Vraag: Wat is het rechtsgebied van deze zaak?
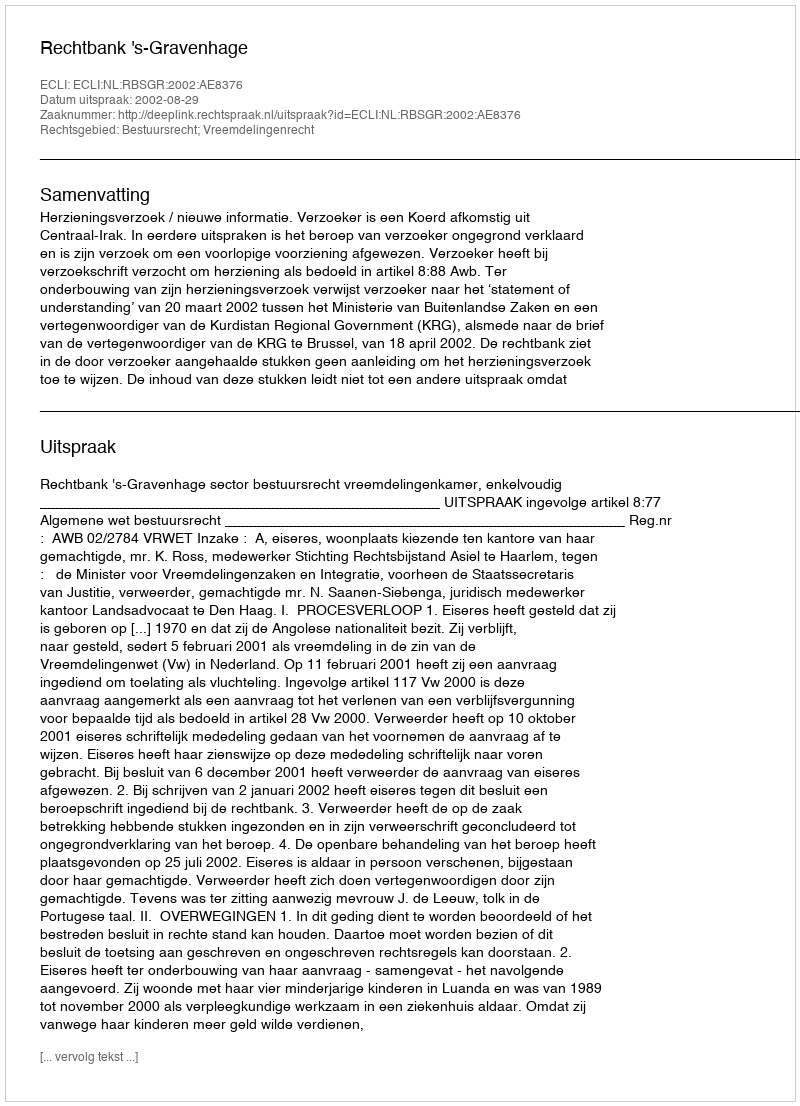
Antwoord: Bestuursrecht; Vreemdelingenrecht